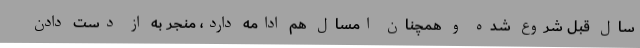
سال قبل شروع شده و همچنان امسال هم ادامه دارد، منجر به از دست دادن